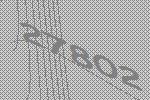
27802